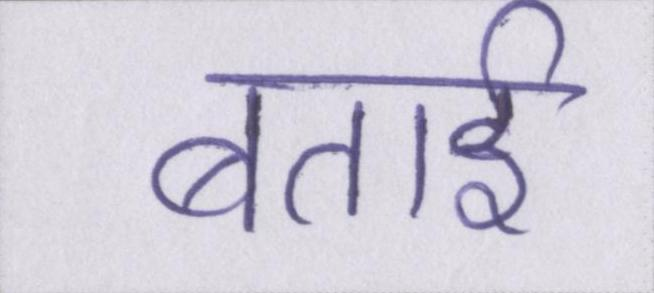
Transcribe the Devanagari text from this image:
बताई